Report of the Indian Hemp Drugs Commission, 1894-1895 - Volume VIII
Year: 1894
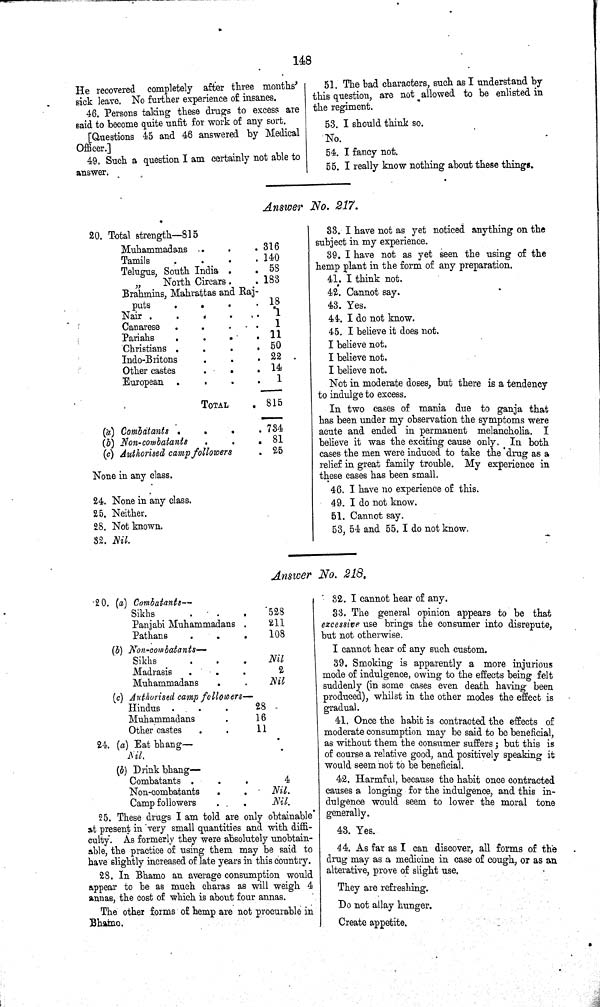
148
He recovered completely after three months'
sick leave. No further experience of insanes.
46. Persons taking these drugs to excess are
said to become quite unfit for work of any sort.
[Questions 45 and 46 answered by Medical
Officer.]
49. Such a question I am certainly not able to
answer.
51. The bad characters, such as I understand by
this question, are not allowed to be enlisted in
the regiment.
53. I should think so.
No.
54. I fancy not.
55. I really know nothing about these things.
Answer No. 217.
20. Total strength—815
Muhammadans
316
Tamils
140
Telugus, South India
58
"
North Circars
183
Brahmins, Mahrattas and Raj¬
puts
18
Brahmins, Mahrattas and Raj¬
puts
Nair
1
Canarese
1
Pariahs
11
Christians
50
Indo-Britons
22
Other castes
14
European
1
TOTAL
815
(a) Combatants
734
(b) Non-combatants
81
(c) Authorised camp followers
25
None in any class.
24. None in any class.
25. Neither.
28. Not known.
32. Nil.
33. I have not as yet noticed anything on the
subject in my experience.
39. I have not as yet seen the using of the
hemp plant in the form of any preparation.
41. I think not.
42. Cannot say.
43. Yes.
44. I do not know.
45. I believe it does not.
I believe not.
I believe not.
I believe not.
Not in moderate doses, but there is a tendency
to indulge to excess.
In two cases of mania due to ganja that
has been under my observation the symptoms were
acute and ended in permanent melancholia. I
believe it was the exciting cause only. In both
cases the men were induced to take the drug as a
relief in great family trouble. My experience in
these cases has been small.
46. I have no experience of this.
49. I do not know.
51. Cannot say.
53, 54 and 55. I do not know.
Answer No. 218.
20. (a) Combatants—
Sikhs
528
Panjabi Muhammadans
211
Pathans
108
(b) Non-combatants—
Sikhs
Nil
Madrasis
2
Muhammadans
Nil
(c) Authorised camp followers—
Hindus
28
Muhammadans
16
Other castes
11
24. (a) Eat bhang—
Nil.
(b) Drink bhang-
Combatants
4
Non-combatants
Nil.
Camp followers
Nil.
25. These drugs I am told are only obtainable
at present in very small quantities and with diffi¬
culty. As formerly they were absolutely unobtain¬
able, the practice of using them may be said to
have slightly increased of late years in this country.
28. In Bhamo an average consumption would
appear to be as much charas as will weigh 4
annas, the cost of which is about four annas.
The other forms of hemp are not procurable in
Bhamo.
32. I cannot hear of any.
33. The general opinion appears to be that
excessive use brings the consumer into disrepute,
but not otherwise.
I cannot hear of any such custom.
39. Smoking is apparently a more injurious
mode of indulgence, owing to the effects being felt
suddenly (in some cases even death having been
produced), whilst in the other modes the effect is
gradual.
41. Once the habit is contracted the effects of
moderate consumption may be said to be beneficial,
as without them the consumer suffers; but this is
of course a relative good, and positively speaking it
would seem not to be beneficial.
42. Harmful, because the habit once contracted
causes a longing for the indulgence, and this in¬
dulgence would seem to lower the moral tone
generally.
43. Yes.
44. As far as I can discover, all forms of the
drug may as a medicine in case of cough, or as an
alterative, prove of slight use.
They are refreshing.
Do not allay hunger.
Create appetite.